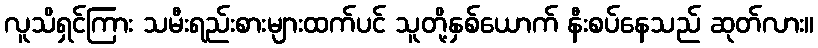
လူသိရှင်ကြား သမီးရည်းစားများထက်ပင် သူတို့နှစ်ယောက် နီးစပ်နေသည် ဆုတ်လား။